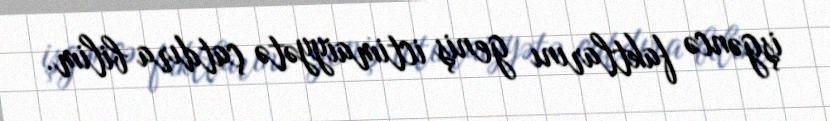
işgəncə faktlarını geniş ictimaiyyətə çatdıra bilim.